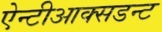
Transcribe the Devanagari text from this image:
ऐन्टीआक्सडन्ट